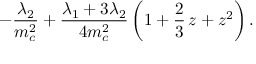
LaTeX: - { \frac { \lambda _ { 2 } } { m _ { c } ^ { 2 } } } + { \frac { \lambda _ { 1 } + 3 \lambda _ { 2 } } { 4 m _ { c } ^ { 2 } } } \, \bigg ( 1 + \frac 2 3 \, z + z ^ { 2 } \bigg ) \, .